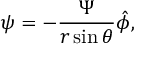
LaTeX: { \boldsymbol { \psi } } = - { \frac { \Psi } { r \sin \theta } } { \boldsymbol { \hat { \phi } } } ,